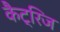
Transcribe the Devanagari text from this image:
कैट्रिज